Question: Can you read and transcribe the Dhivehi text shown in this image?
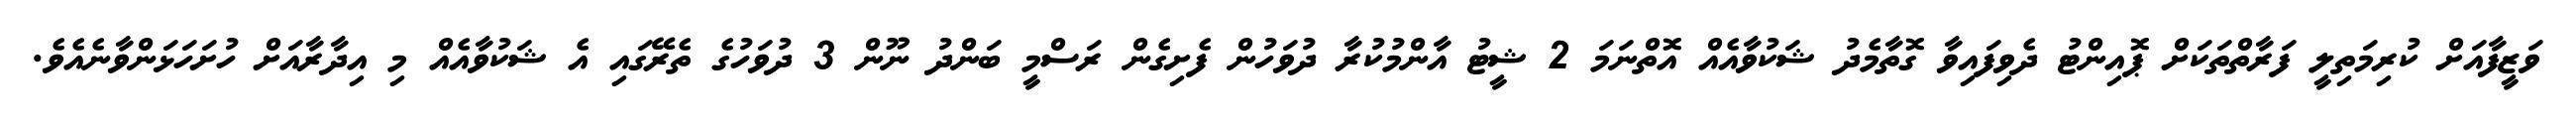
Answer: ވަޒީފާއަށް ކުރިމަތިލީ ފަރާތްތަކަށް ޕޮއިންޓު ދެވިފައިވާ ގޮތާމެދު ޝަކުވާއެއް އޮތްނަމަ 2 ޝީޓު އާންމުކުރާ ދުވަހުން ފެށިގެން ރަސްމީ ބަންދު ނޫން 3 ދުވަހުގެ ތެރޭގައި އެ ޝަކުވާއެއް މި އިދާރާއަށް ހުށަހަޅަންވާނެއެވެ.